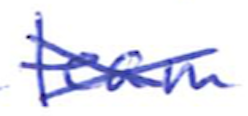
Text: team
Cross-out: cross
Writing tool: ballpoint